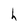
Character: h